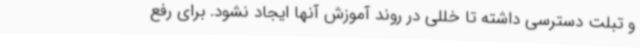
و تبلت دسترسی داشته تا خللی در روند آموزش آنها ایجاد نشود. برای رفع